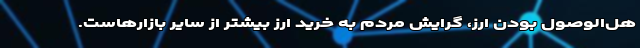
هل‌الوصول بودن ارز، گرایش مردم به خرید ارز بیشتر از سایر بازارهاست.